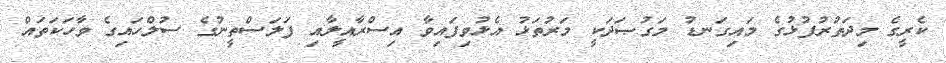
ކެރީގެ މިދަތުރުފުޅުގެ މައިގަނޑު މަގުޞަދަކީ މަރުތަޅު އެޅުވިފައިވާ އިސްރާއީލާއި ފަލަސްތީނުގެ ސުލްހައިގެ ވާހަކަތައް